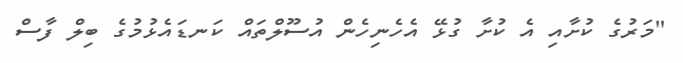
"މަރުގެ ކުށާއި އެ ކުށާ ގުޅޭ އެހެނިހެން އުސޫލްތައް ކަނޑައެޅުމުގެ ބިލް ފާސް